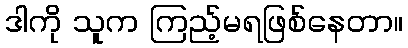
ဒါကို သူက ကြည့်မရဖြစ်နေတာ။